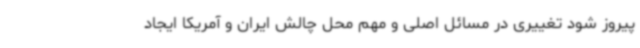
پیروز شود تغییری در مسائل اصلی و مهم محل چالش ایران و آمریکا ایجاد